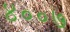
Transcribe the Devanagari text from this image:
४००७